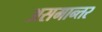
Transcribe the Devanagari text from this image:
असमान्तर